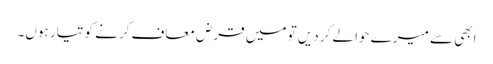
ابھی سے میرے حوالے کر دیں تو میں قرض معاف کرنے کو تیار ہوں۔